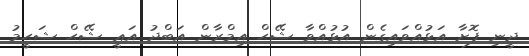
ދީނި ފޮށާ އަޅުއްވައިގެން އުޅުއްވާ ޝޭޙް އިމްރާން އަބްދު އަޢީ ޝޭޙް ޝަޙީމު